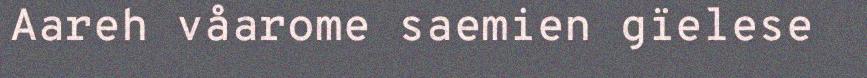
Aareh våarome saemien gïelese